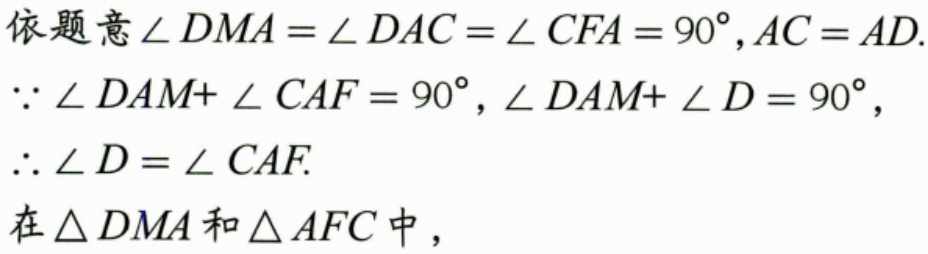
依题意\(\angle DMA=\angle DAC = \angle CFA = 90^{\circ},AC = AD\).
\(\because\angle DAM+\angle CAF = 90^{\circ},\angle DAM+\angle D = 90^{\circ}\),
\(\therefore\angle D=\angle CAF\).
在\(\triangle DMA\)和\(\triangle AFC\)中，